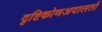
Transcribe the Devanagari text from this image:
दृष्टिकोणअदालतों